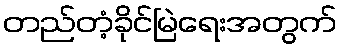
တည်တံ့ခိုင်မြဲရေးအတွက်